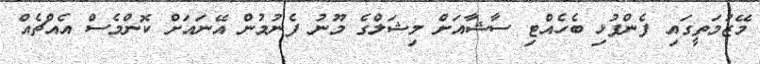
މޭޒުމަތީގައި ފެންފުޅި ބެހެއްޓި ސާޝާއަށް މިޝަލްގެ މޫނު ފެނުމުން އޭނައަށް ކޮންމެސް އެއްޗެއް